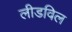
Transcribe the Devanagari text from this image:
लीडविल